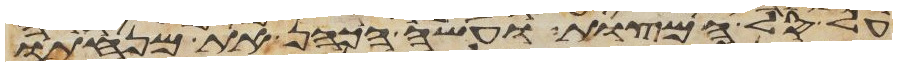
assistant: על סל המצות ועשה הכהן את מנחתו